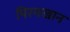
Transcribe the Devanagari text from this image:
पिरमखान